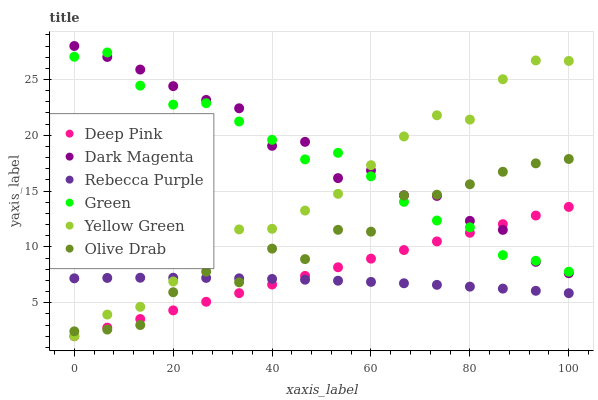
| xaxis_label | Deep Pink | Dark Magenta | Rebecca Purple | Green | Yellow Green | Olive Drab |
 | --- | --- | --- | --- | --- | --- | --- |
 | 0 | 2 | 28 | 7.19 | 27 | 2 | 2.44 |
 | 6.67 | 2.77 | 27 | 7.22 | 27.4 | 3.94 | 2.6 |
 | 13.3 | 3.54 | 25.9 | 7.24 | 24.5 | 4.64 | 3.01 |
 | 20 | 4.32 | 24.4 | 7.24 | 22.7 | 6.91 | 5.94 |
 | 26.7 | 5.09 | 23.2 | 7.22 | 22.9 | 8.75 | 7.79 |
 | 33.3 | 5.86 | 22.4 | 7.19 | 21.2 | 11.6 | 6.83 |
 | 40 | 6.63 | 19.1 | 7.14 | 19.6 | 11.6 | 9.85 |
 | 46.7 | 7.41 | 19.4 | 7.07 | 17.8 | 13.3 | 8.91 |
 | 53.3 | 8.18 | 16.2 | 6.98 | 18.4 | 14.8 | 11.5 |
 | 60 | 8.95 | 16.9 | 6.87 | 16.3 | 17.3 | 11.4 |
 | 66.7 | 9.72 | 14.6 | 6.75 | 14 | 19.9 | 14.6 |
 | 73.3 | 10.5 | 14.6 | 6.6 | 12.4 | 21.8 | 14.7 |
 | 80 | 11.3 | 12.3 | 6.44 | 11.8 | 21.4 | 15.6 |
 | 86.7 | 12 | 11.5 | 6.27 | 9.27 | 25 | 16.7 |
 | 93.3 | 12.8 | 8.66 | 6.07 | 8.76 | 26.7 | 17.5 |
 | 100 | 13.6 | 7.64 | 5.86 | 7.78 | 26.7 | 17.9 |